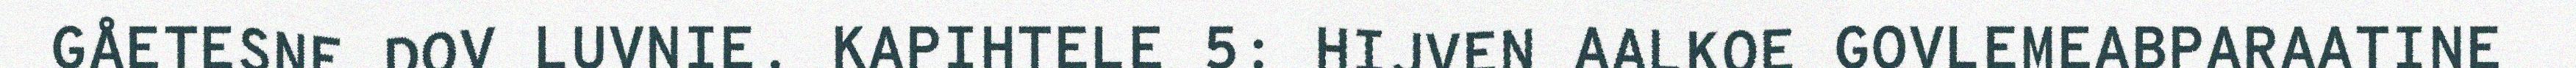
GÅETESNE DOV LUVNIE. KAPIHTELE 5: HIJVEN AALKOE GOVLEMEABPARAATINE